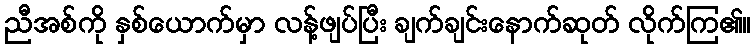
ညီအစ်ကို နှစ်ယောက်မှာ လန့်ဖျပ်ပြီး ချက်ချင်းနောက်ဆုတ် လိုက်ကြ၏။